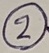
Text: 2